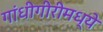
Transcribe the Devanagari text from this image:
गांधीगीरीमध्ये